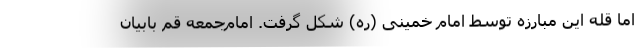
اما قله این مبارزه توسط امام خمینی (ره) شکل گرفت. امام‌جمعه قم بابیان